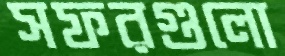
সফরগুলো